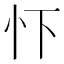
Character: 𢗄